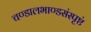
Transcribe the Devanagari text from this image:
चण्डालभाण्डसंस्पृष्टं